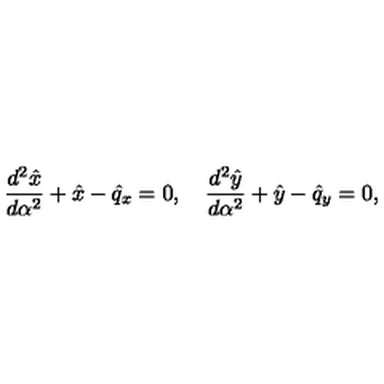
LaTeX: { \frac { d ^ { 2 } \hat { x } } { d \alpha ^ { 2 } } } + \hat { x } - \hat { q } _ { x } = 0 , \quad { \frac { d ^ { 2 } \hat { y } } { d \alpha ^ { 2 } } } + \hat { y } - \hat { q } _ { y } = 0 ,